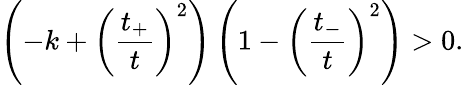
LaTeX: \left(-k+\left(\frac{t_{+}}{t}\right)^{2}\right)\left(1-\left(\frac{t_{-}}{t}\right)^{2}\right)>0.